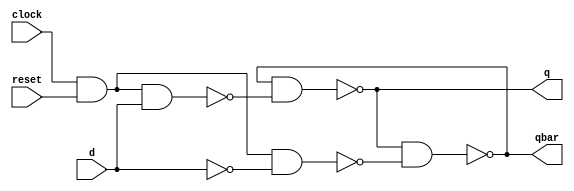
///////////////////////////////////////////
/// Design  : D Flipflop - Structural
/// College	: Anna University, MIT campus
///////////////////////////////////////////

module Dflipflop(clock,reset,d,q,qbar);
input clock, reset, d;
output q,qbar;
wire d1,d2,dbar;
not a1 (dbar,d);
nand n1 (d1,clock,reset,d);
nand n2 (d2,clock,reset,dbar);
nand n3 (q,qbar,d1);
nand n4 (qbar,q,d2);
endmodule